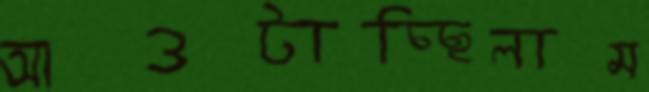
আওটাচ্ছিলাম